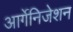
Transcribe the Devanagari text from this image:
आर्गेनिजेशन